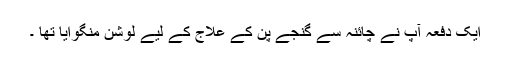
ایک دفعہ آپ نے چائنہ سے گنجے پن کے علاج کے لیے لوشن منگوایا تھا ۔